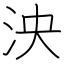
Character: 泱